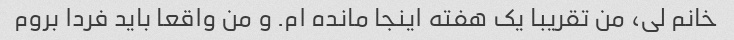
خانم لی، من تقریبا یک هفته اینجا مانده ام. و من واقعا باید فردا بروم